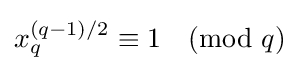
x_{q}^{(q-1)/2}\equiv 1{\pmod {q}}